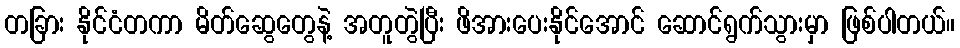
တခြား နိုင်ငံတကာ မိတ်ဆွေတွေနဲ့ အတူတွဲပြီး ဖိအားပေးနိုင်အောင် ဆောင်ရွက်သွားမှာ ဖြစ်ပါတယ်။